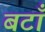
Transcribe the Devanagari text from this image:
बटाँ